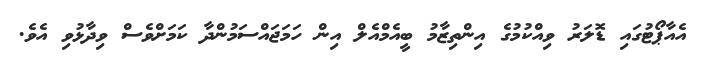
އެއާޕޯޓުގައި ޑޮލަރު ވިއްކުމުގެ އިންތިޒާމު ބީއެމްއެލް އިން ހަމަޖައްސަމުންދާ ކަމަށްވެސް ވިދާޅުވި އެވެ.